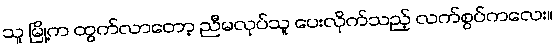
သူ မြို့က ထွက်လာတော့ ညီမလုပ်သူ ပေးလိုက်သည့် လက်စွပ်ကလေး။